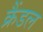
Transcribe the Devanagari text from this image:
क्रैंडल